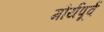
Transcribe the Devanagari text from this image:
मौर्यपूर्व